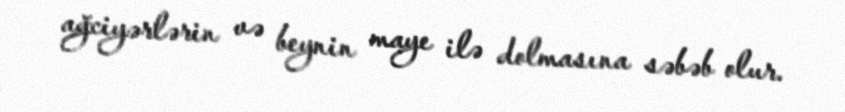
ağciyərlərin və beynin maye ilə dolmasına səbəb olur.